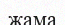
жама